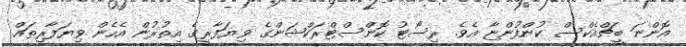
އޮންނަ ބީޗްއެކްސް ކުންފުންޏާ އެވެ. ރިސޯޓު ކޮންސްޓްރަކްޝަންގެ ވިޔަފާރީގެ އިތުރުން އެހެން ވިޔަފާރިތައް